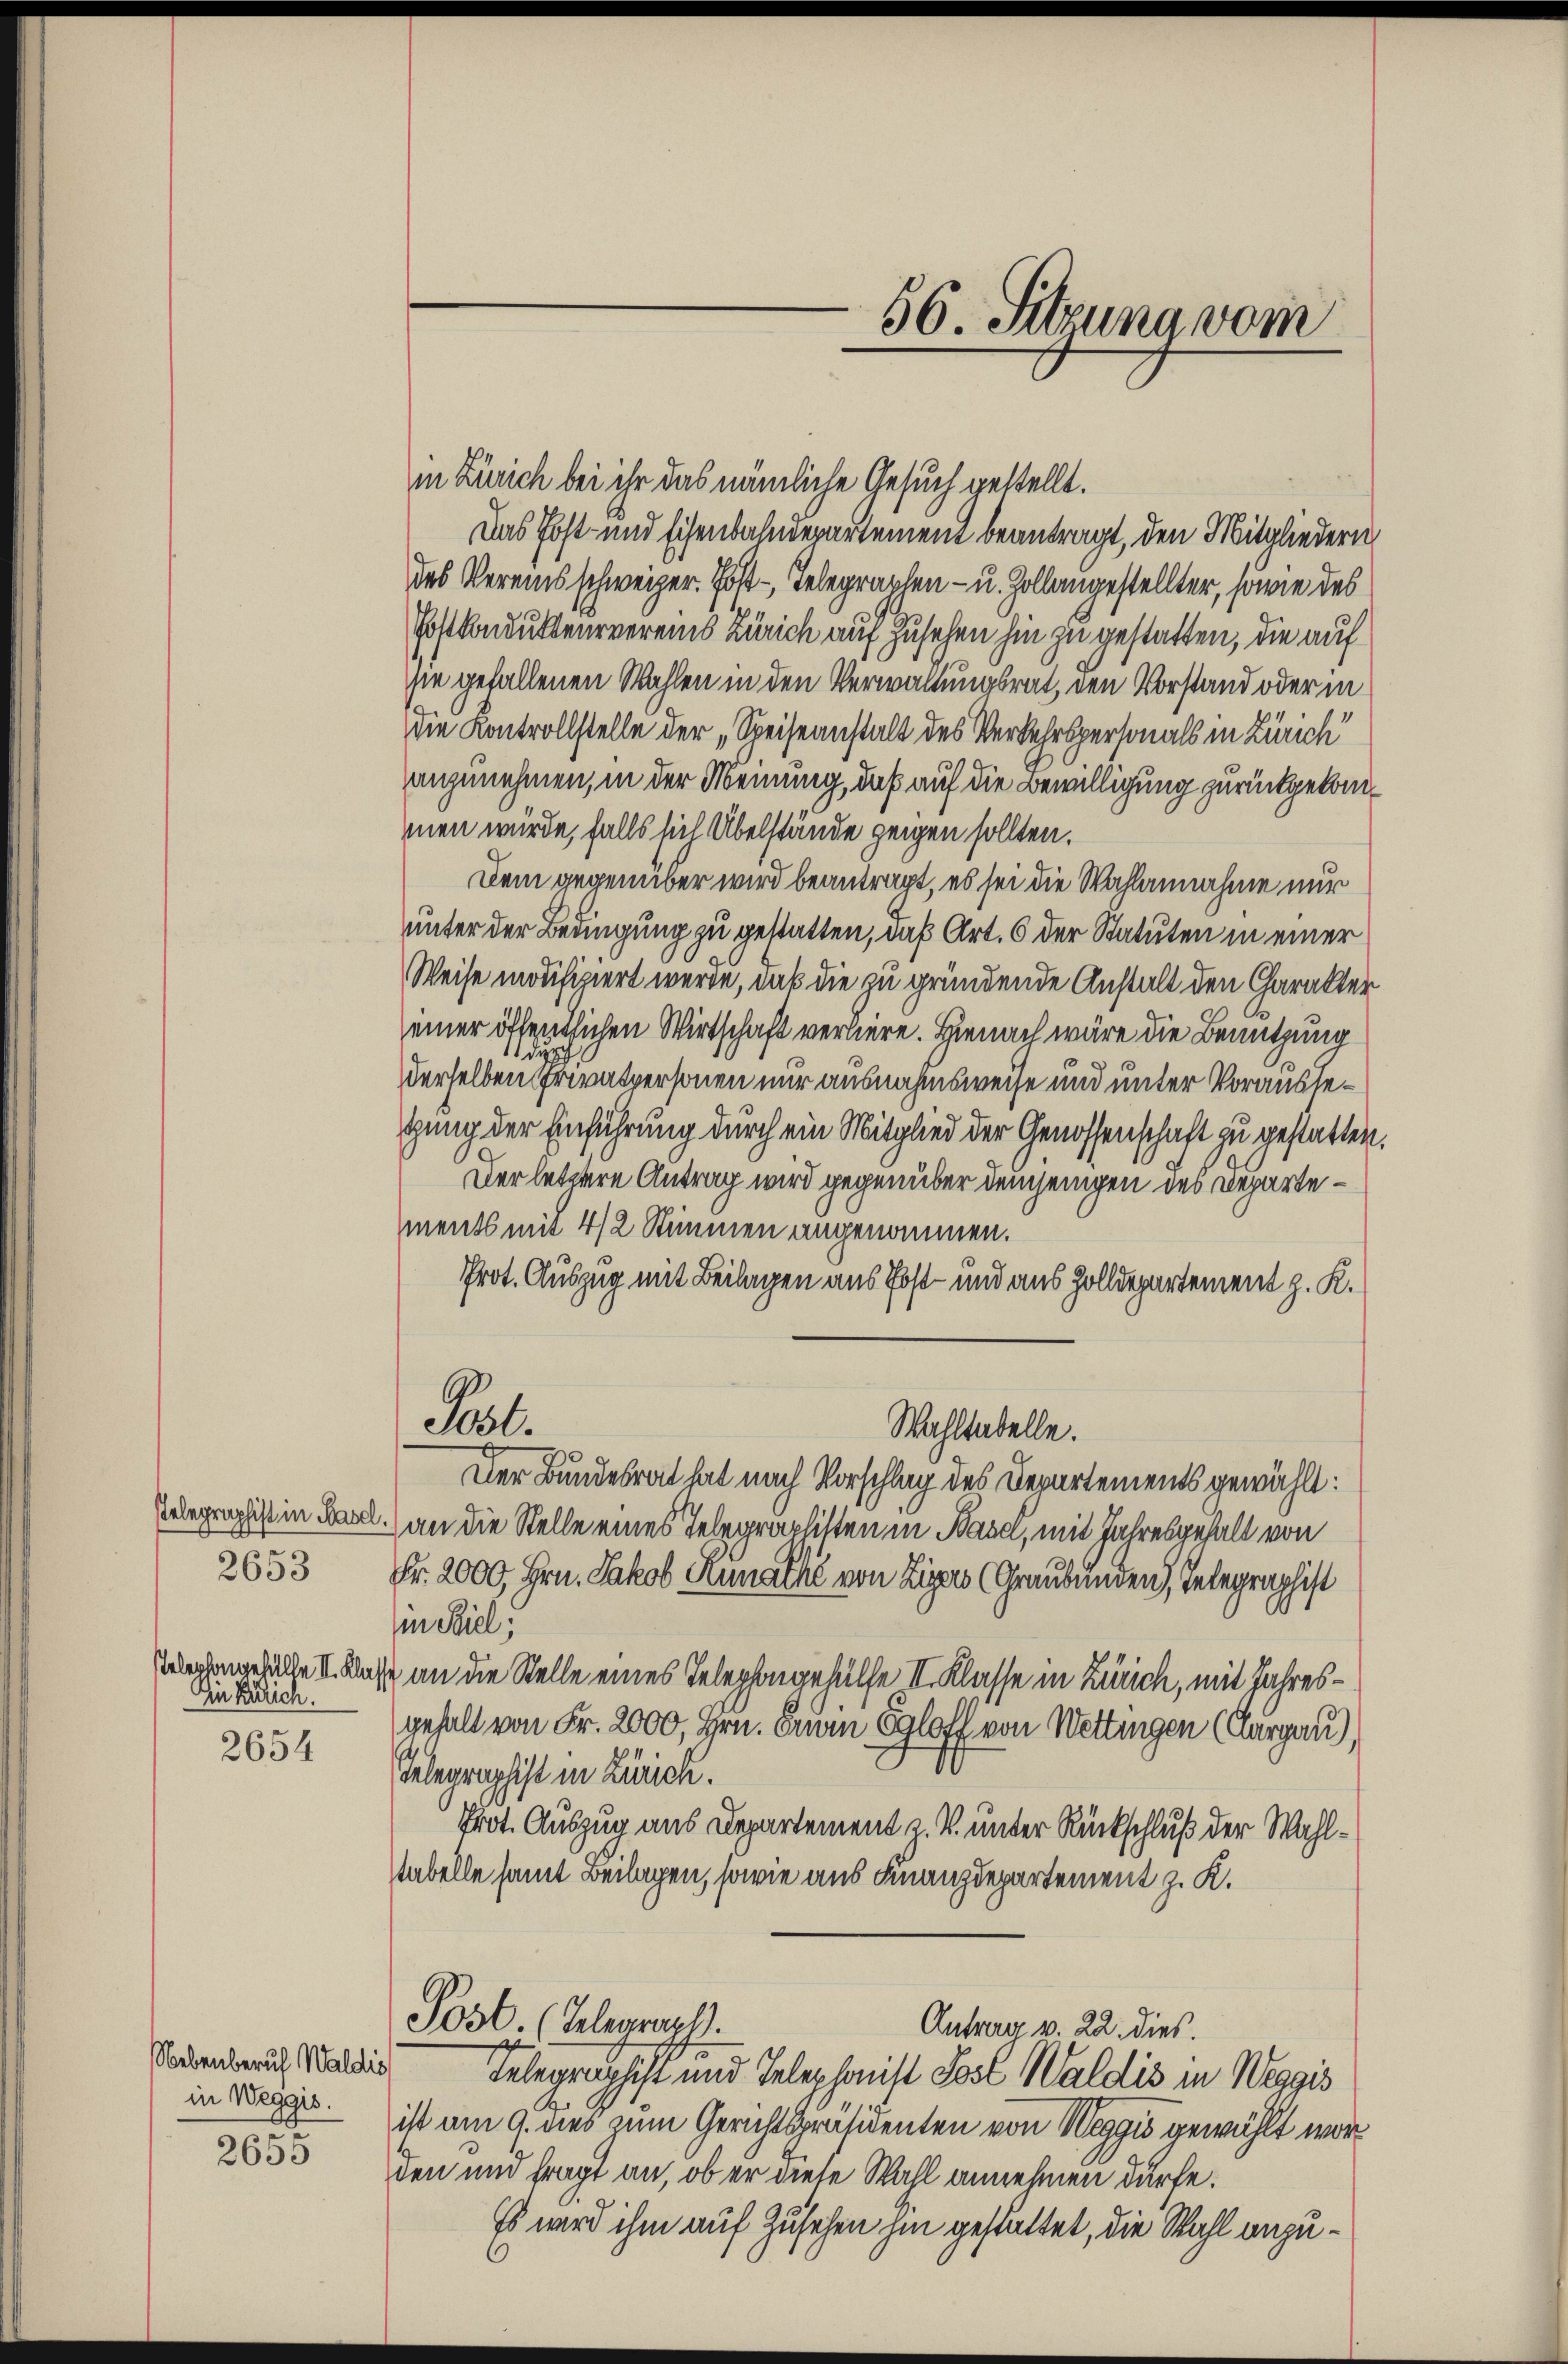
stelegraphist in Basel.
2653
stelephongehülfe II. Klasse
Ein Kulich.

2654

in Weggis.

2655

in Zürich bei ihr das nämliche Gesuch gestellt.
Das Post- und Eisenbahndepartement beantragt, den Mitgliedern
des Vereinsschweizer. Post-Telegraphen- u. Zollaugestellter, sowie des
Postkondukteur vereins Zürich auf Zusehen hin zu gestatten, die auf
sie gefallenen Wahlen in den Verwaltungsrat, den Vorstand oder in
die Kontrollstelle der „Reiseanstalt des Verkehrspersonals in Zürich
anzunehmen, in der Meinung, daß auf die Bewilligung zurückgekommen würde, falls sich Übelstände zeigen sollten.
Dem gegenüber wird beantragt, es sei die Wahlannahme nur
unter der Bedingung zu gestatten, daß Art. 6 der Statuten in einer
Weise modifiziert werde, daß die zu gründende Anstalt den Charakter
einer öffentlichen Wirtschaft verliere. Hienach wäre die Benutzung
die
derselben Privatpersonen nur ausnahmsweise und unter Voraussetung der Einführung durch ein Mitglied der Genossenschaft zu gestatten
Der letztere Antrag wird gegenüber demjenigen des Departements mit 4/2 Stimmen angenommen.
Prot. Auszug mit Beilagen aus Post- und aus Zolldepartement z. K.
Pili
Wahltabelle.
Der Bundesrat hat nach Vorschlag des Departements gewählt:
an die Stelle eines Telegraphisten in Basa, mit Jahresgehalt von
Fr. 2000, Hrn. Jakob Runathe von Zigers (Graubünden, Telegraphist
Ein Spiel,
an die Stelle eines Telephongehülfe II. Klasse in Zürich, mit Jahresgehalt von Fr. 2000, Hrn. Erin Egloff von Wettingen (Aargau),
Telegraphist in Zürich.
Prot. Auszug aus Departement z. B. unter Rückschluß der Wahlstabelle samt Beilagen, sowie aus Finanzdepartement z. K.
Post. (Belegraph
Antrag v. 22. dies.
Sockenberich Wallis Telegraphist und Telephonist Post Waldis in Weggis
ist am 9. dies zum Gerichtspräsidenten von Weggis gewählt worden und fragt an, ob er diese Wahl annehmen dürfe.
Es wird ihm auf Zusehen hin gestattet, die Wahl anzu¬

56. Sitzung vom